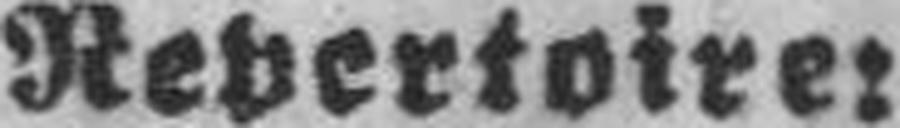
Repertoire: